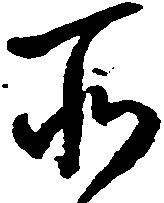
所